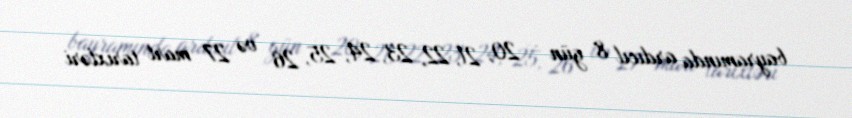
bayramında ardıcıl 8 gün – 20, 21, 22, 23, 24, 25, 26 və 27 mart tarixləri